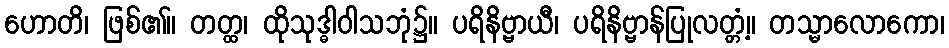
ဟောတိ၊ ဖြစ်၏။ တတ္ထ၊ ထိုသုဒ္ဓါဝါသဘုံ၌။ ပရိနိဗ္ဗာယီ၊ ပရိနိဗ္ဗာန်ပြုလတ္တံ့။ တသ္မာလောကော၊